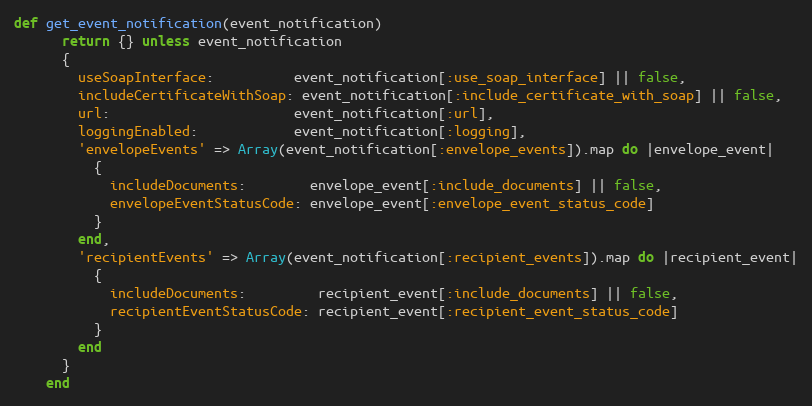
Language: Ruby
def get_event_notification(event_notification)
      return {} unless event_notification
      {
        useSoapInterface:          event_notification[:use_soap_interface] || false,
        includeCertificateWithSoap: event_notification[:include_certificate_with_soap] || false,
        url:                       event_notification[:url],
        loggingEnabled:            event_notification[:logging],
        'envelopeEvents' => Array(event_notification[:envelope_events]).map do |envelope_event|
          {
            includeDocuments:        envelope_event[:include_documents] || false,
            envelopeEventStatusCode: envelope_event[:envelope_event_status_code]
          }
        end,
        'recipientEvents' => Array(event_notification[:recipient_events]).map do |recipient_event|
          {
            includeDocuments:         recipient_event[:include_documents] || false,
            recipientEventStatusCode: recipient_event[:recipient_event_status_code]
          }
        end
      }
    end